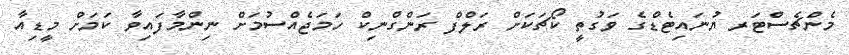
މެންޗެސްޓަރ ޔުނައިޓެޑްގެ ވަގުތީ ކޯޗަކަށް ރަލްފް ރަންގްނިކް ހަމަޖެއްސުމަށް ނިންމާފައިވާ ކަމަށް މީޑިއާ